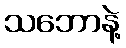
သဘောနဲ့